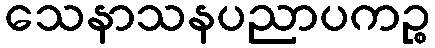
သေနာသနပညာပကဉ္စ